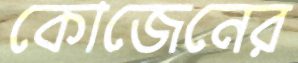
কোজেনের